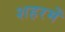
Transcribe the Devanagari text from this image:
शहरमेँ